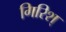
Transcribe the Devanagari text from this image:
गिरिश्